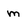
Character: m